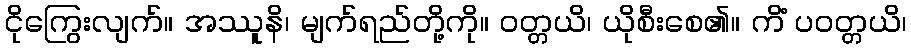
ငိုကြွေးလျက်။ အဿူနိ၊ မျက်ရည်တို့ကို။ ဝတ္တယိ၊ ယိုစီးစေ၏။ ကိံ ပဝတ္တယိ၊